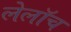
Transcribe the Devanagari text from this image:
लेलॉच